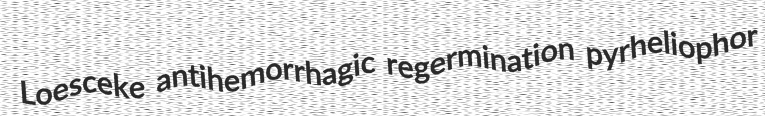
Loesceke antihemorrhagic regermination pyrheliophor